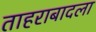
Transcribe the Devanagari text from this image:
ताहराबादला